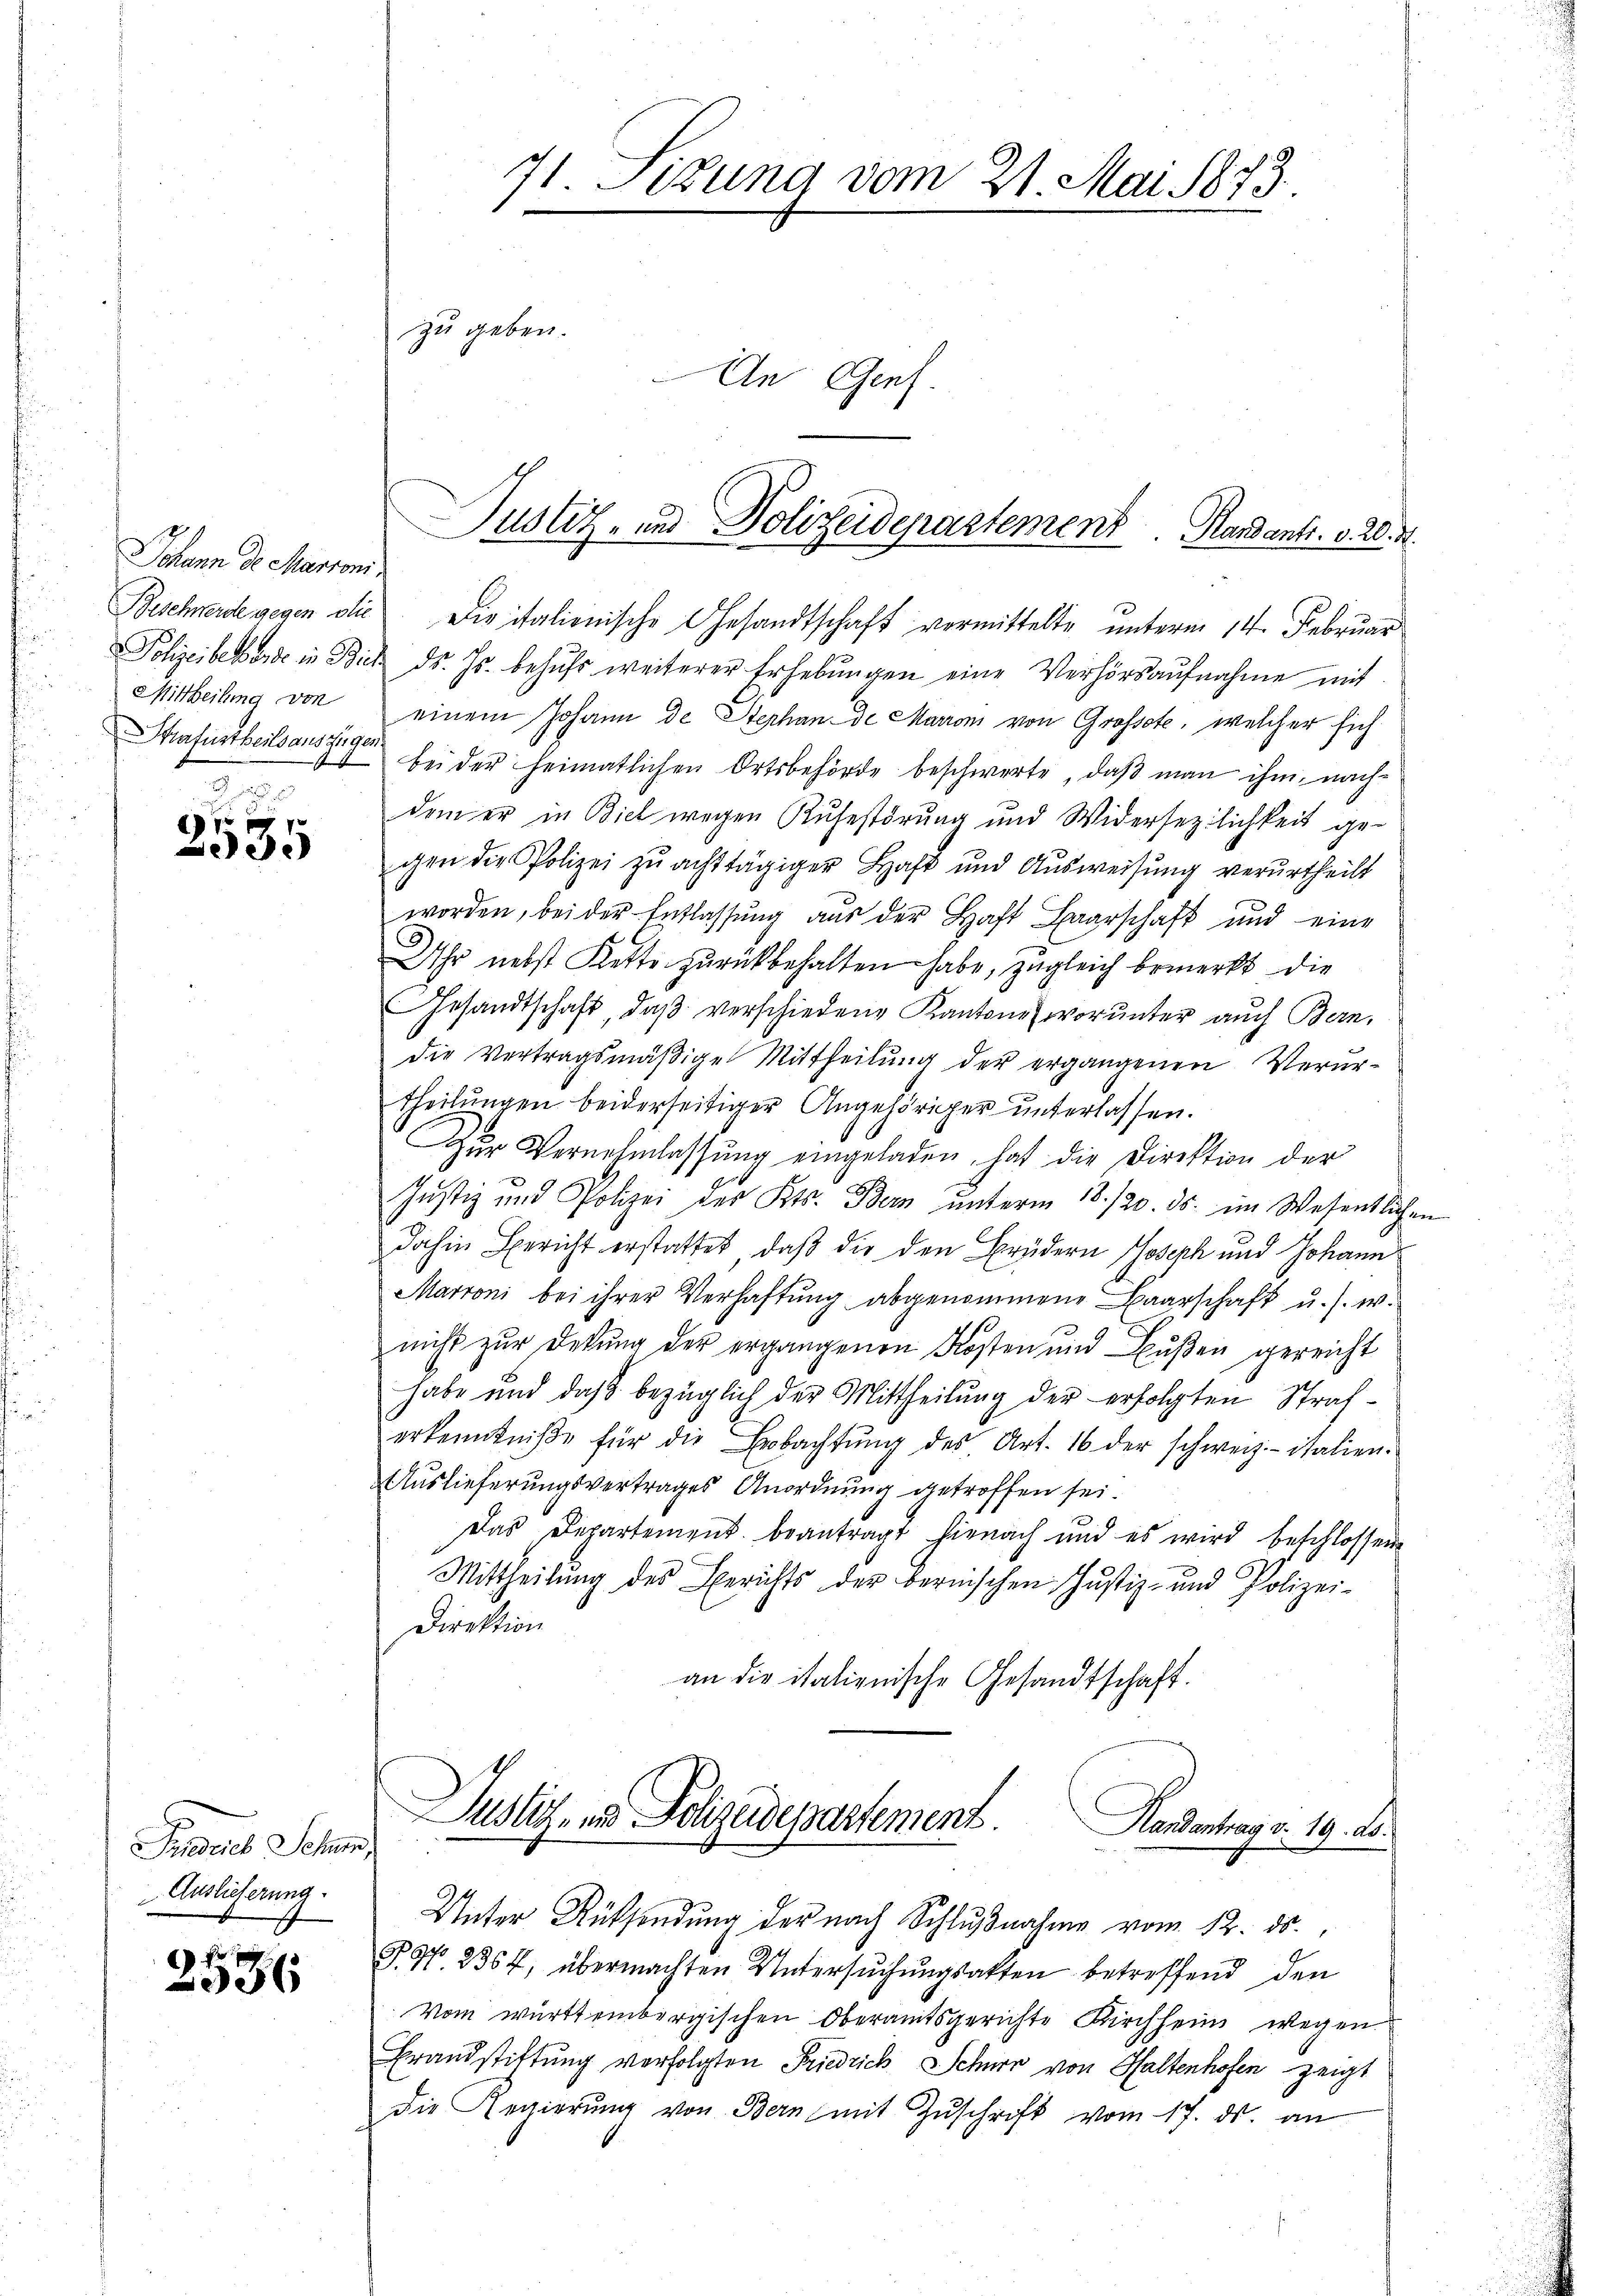
Johann de Martoni,
Beschwerde gegen die
Polizeibet Erde in Bie
Mittheilung von
Strafurtheils auszügen
e
u

1f
e

Sensareb Schen,
Auslieferung.

c
336

71. Mitung vom 21. Mai 1873.
1
zu geben.
An Genf.

Die italienische Gesandtschaft vermittelte unterm 14. Februar
ds. Js. behŭfs weiterer Erhebŭngen eine Verhörsaŭfnahme mit
einem Johann de Sterhande Marron von Grosste, welcher sich
bei der heimatlichen Ortsbehörde beschwerte, daß man ihm, nachdem er in Biel wegen Ruhestörung und Widersezlichkeit ge-
gen die Polizei zu achttägiger Haft und Ausweisung verurtheilt
worden, bei der Entlassŭng aus der Haft Baarschaft und eine
Uhr nebst Kette zurückbehalten habe, zugleich bemerkt die
Gesandtschaft, daβ verschiedene Kantone (worunter auch Bern,
die Vertragsmäßige Mittheilung der ergangenen Verurtheilungen beiderseitiger Angehöriger unterlassen.
Zur Vernehmlassung eingeladen, hat die Direktion der
Justiz und Polizei des Kts. Bern unterm 18./20. ds. im Wesentliche
dahin Bericht erstattet, daß die den Brüdern Joseph und Johann
Marroni bei ihrer Verhaftung abgenommene Baarschaft u. s. w.
nicht zur Dekŭng der ergangenen Kosten und Bŭβen gereicht
habe und daß bezüglich der Mittheilung der erfolgten Straferkenntniβe für die Erbachtŭng des Art. 16 der schweiz.- italien-
Auslieferungsvertrages Anordnung getroffen sei
Das Departement beantragt hienach und es wird beschlossen
Mittheilung des Berichts der bernischen Justiz- und Polizei-
Direktion
an die italienische Gesandtschaft.

Justiz- und Polizeidepartement Handants. v. 20. d.

P. 97. 2364, übermachten Untersuchungsakten betreffend den
Vom württembergischen Oberamtsgerichte Kirchheim wegen
Brandstiftung verfolgten Friedrich Schwer von Haltenhofen zeigt
die Regierŭng von Bern mit Zŭschrift vom 17. ds. an

Justiz- und Polizeidepartement.
Handantrag v. 19. ds.
Unter Rücksendung der nach Schlŭβnahme vom 12. ds.